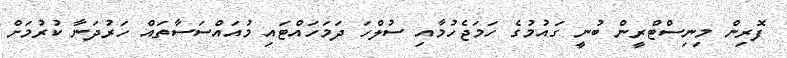
ފޮރިން މިނިސްޓްރީން ބުނީ ގައުމުގެ ހަމަޖެހުމާއި ސުލްހަ ދަމަހައްޓައި މުއައްސަސާތައް ހަރުދަނާ ކުރުމަށް